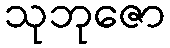
သုဘုဇော